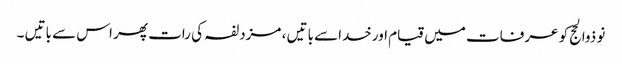
نو ذوالحج کو عرفات میں قیام اورخداسے باتیں ، مزدلفہ کی رات پھر اس سے باتیں ۔